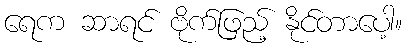
ရေက ဆာရင် ဗိုက်ဖြည့် နိုင်တာပေါ့။